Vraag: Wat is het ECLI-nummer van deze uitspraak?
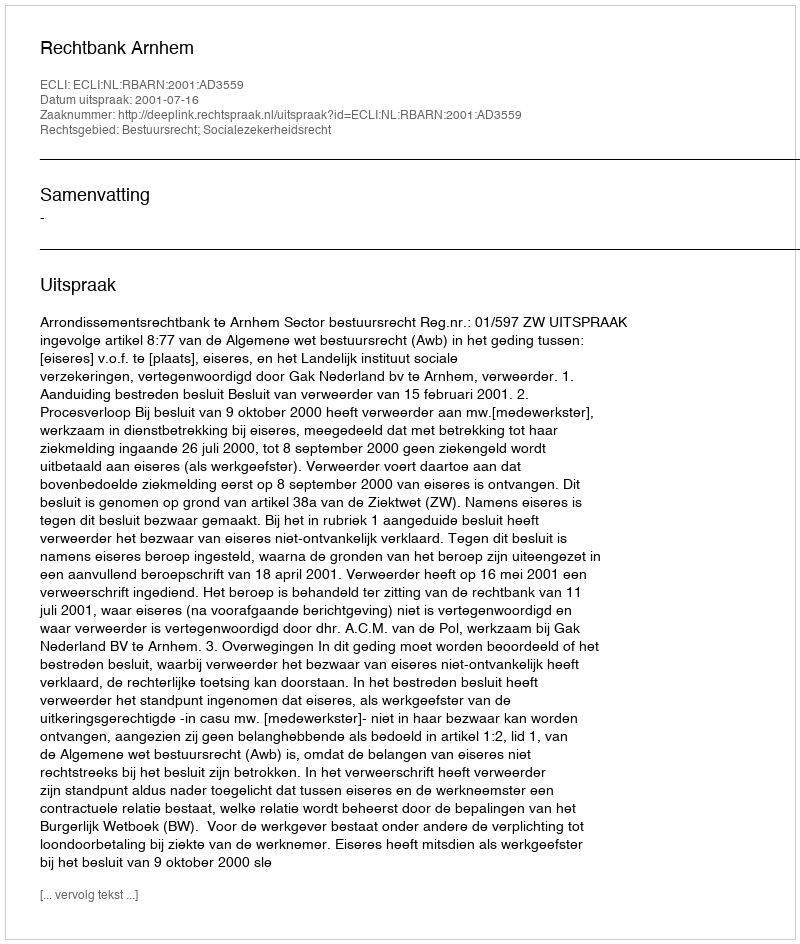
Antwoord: ECLI:NL:RBARN:2001:AD3559